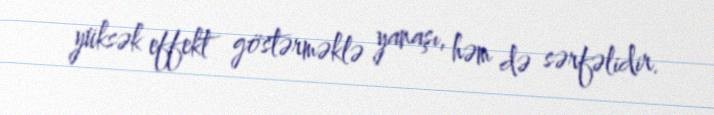
yüksək effekt göstərməklə yanaşı, həm də sərfəlidir.